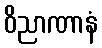
ဝိညာဏာနံ